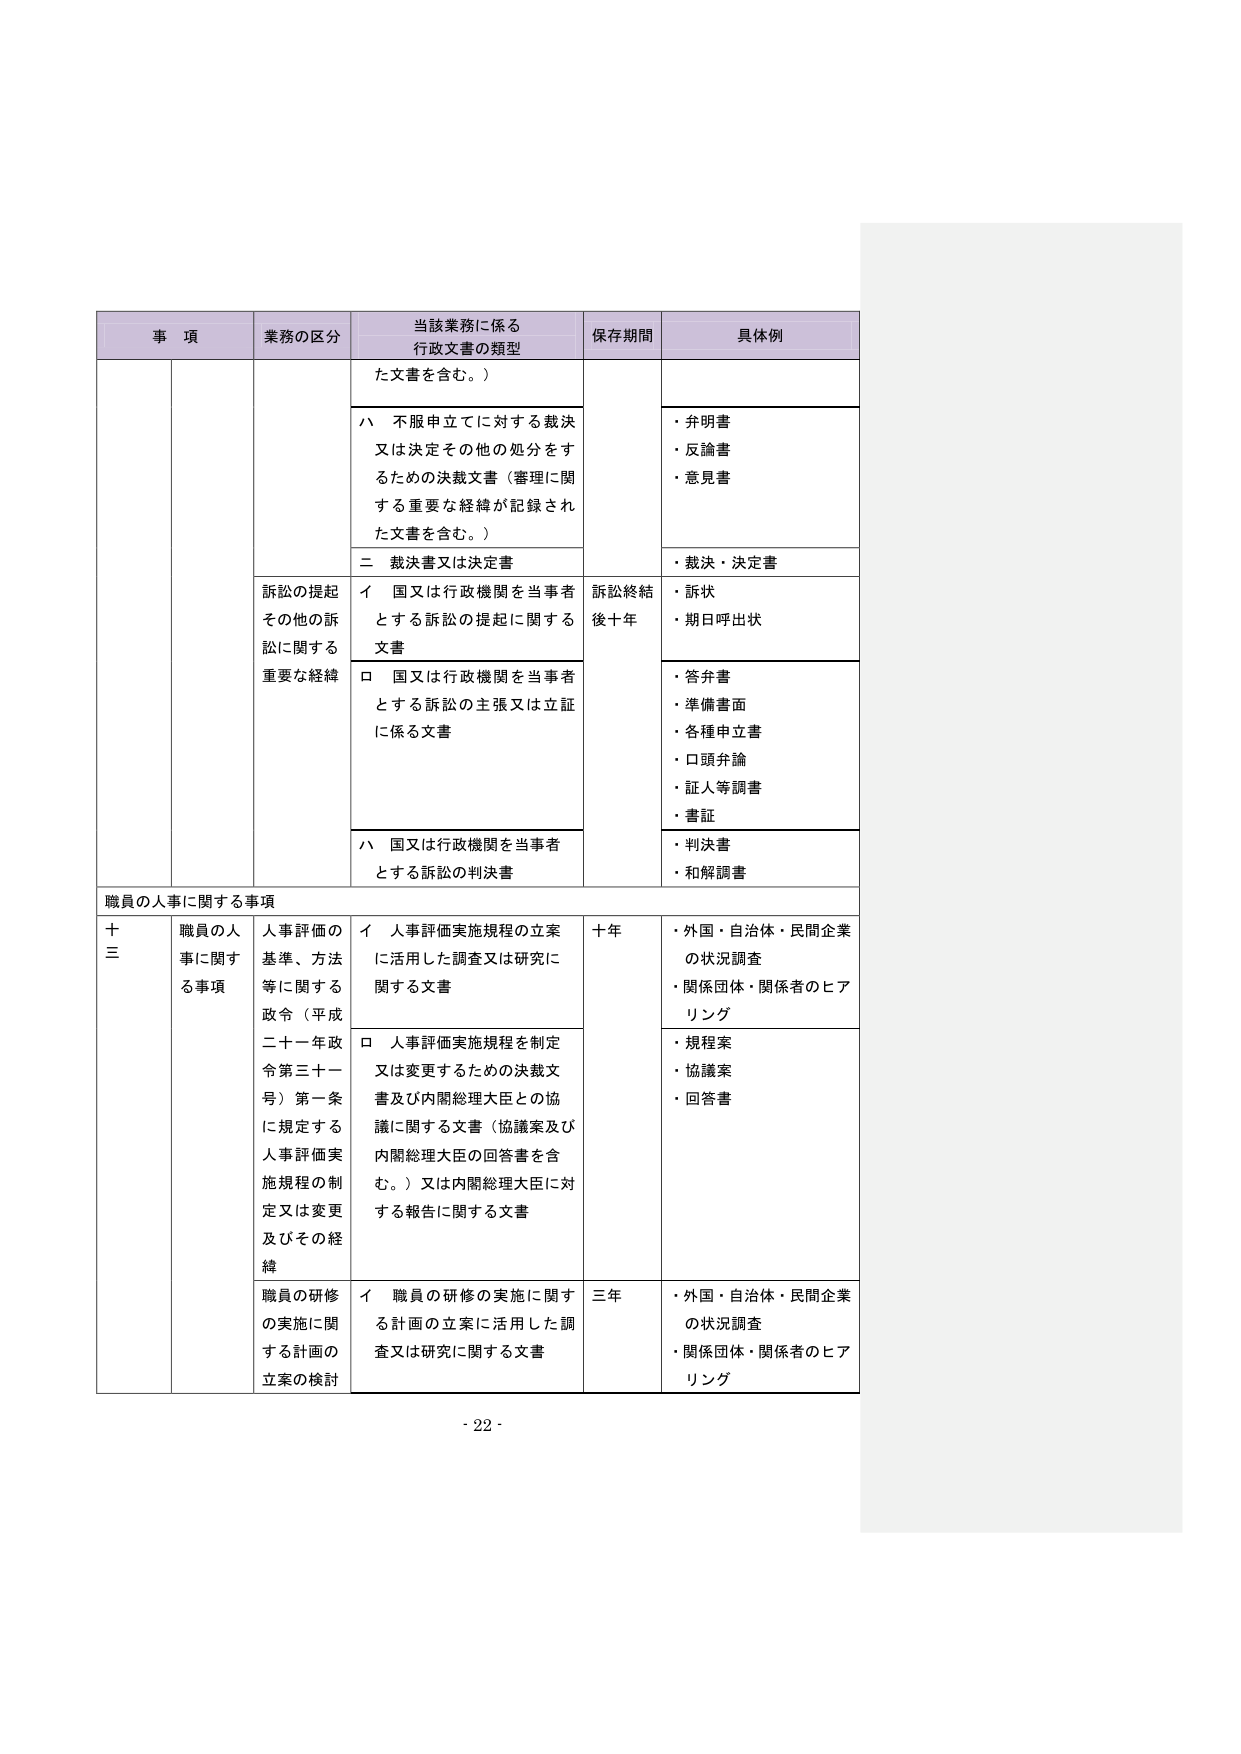
事 項 業務の区分 当該業務に係る 行政文書の類型 保存期間 具体例 た文書を含む。） ハ 不服申立てに対する裁決 又は決定その他の処分をす るための決裁文書（審理に関 する重要な経緯が記録され た文書を含む。） ・弁明書 ・反論書 ・意見書 二 裁決書又は決定書 ・裁決・決定書 訴訟の提起 その他の訴 訟に関する 重要な経緯 イ 国又は行政機関を当事者 とする訴訟の提起に関する 文書 訴訟終結 後十年 ・訴状 ・期日呼出状 ロ 国又は行政機関を当事者 とする訴訟の主張又は立証 に係る文書 ・答弁書 ・準備書面 ・各種申立書 ・口頭弁論 ・証人等調書 ・書証 ハ 国又は行政機関を当事者 とする訴訟の判決書 ・判決書 ・和解調書 職員の人事に関する事項 十 三 職員の人 事に関す る事項 人事評価の 基準、方法 等に関する 政令（平成 二十一年政 令第三十一 号）第一条 に規定する 人事評価実 施規程の制 定又は変更 及びその経 緯 イ 人事評価実施規程の立案 に活用した調査又は研究に 関する文書 十年 ・外国・自治体・民間企業 の状況調査 ・関係団体・関係者のヒア リング ロ 人事評価実施規程を制定 又は変更するための決裁文 書及び内閣総理大臣との協 議に関する文書（協議案及び 内閣総理大臣の回答書を含 む。）又は内閣総理大臣に対 する報告に関する文書 ・規程案 ・協議案 ・回答書 職員の研修 の実施に関 する計画の 立案の検討 イ 職員の研修の実施に関す る計画の立案に活用した調 査又は研究に関する文書 三年 ・外国・自治体・民間企業 の状況調査 ・関係団体・関係者のヒア リング - 22 -